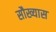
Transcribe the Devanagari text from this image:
सौख्यास